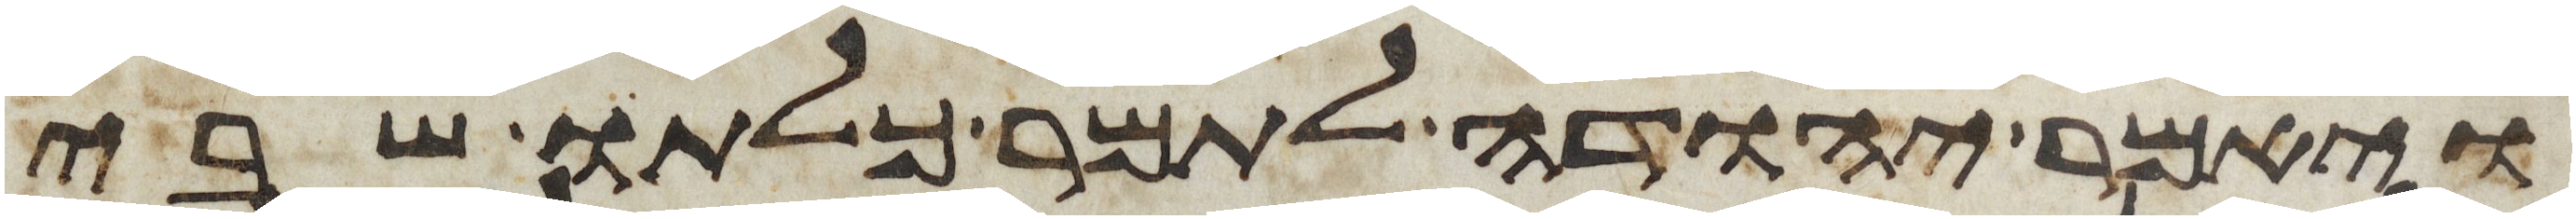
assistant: ויאמר יהודה לתמר כלתו שבי